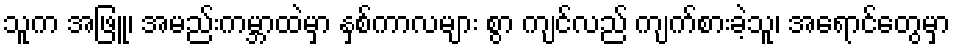
သူက အဖြူ၊ အမည်းကမ္ဘာထဲမှာ နှစ်ကာလများ စွာ ကျင်လည် ကျက်စားခဲ့သူ၊ အရောင်တွေမှာ